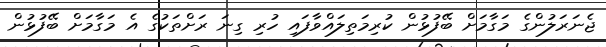
ޖެނަރަލުންގެ މަގާމަށް ބޭފުޅުން ކުރިމަތިލައްވާފައި ހުރި ގިނަ ރަށްތަކުގެ އެ މަގާމަށް ބޭފުޅުން